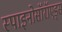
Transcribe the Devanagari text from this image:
स्पाइनोसॉरॉएड्स